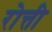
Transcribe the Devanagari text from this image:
रोत्ती